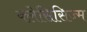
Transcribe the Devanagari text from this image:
क्लेसिसिज्म